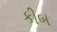
કીબ